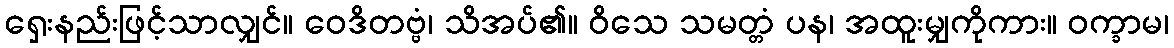
ရှေးနည်းဖြင့်သာလျှင်။ ဝေဒိတဗ္ဗံ၊ သိအပ်၏။ ဝိသေ သမတ္တံ ပန၊ အထူးမျှကိုကား။ ဝက္ခာမ၊